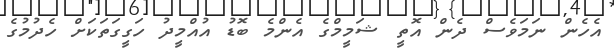
އެހެން ނަމަވެސް ދެން އޮތީ ޝަމީމްގެ އެންމެ ބޮޑު އުއްމީދު ހަގީގަތަކަށް ހެދުމުގެ